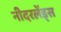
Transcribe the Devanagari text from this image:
नीदरलेंड्स